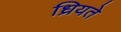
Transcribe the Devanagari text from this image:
ध्रियते